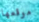
موقعها